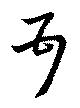
頓